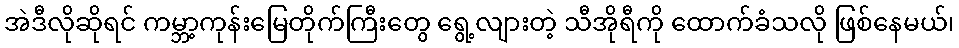
အဲဒီလိုဆိုရင် ကမ္ဘာ့ကုန်းမြေတိုက်ကြီးတွေ ရွေ့လျားတဲ့ သီအိုရီကို ထောက်ခံသလို ဖြစ်နေမယ်၊